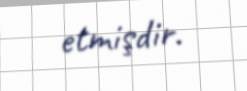
etmişdir.